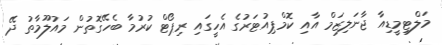
މަލްޓިމީޑިއާ ޖާނަލިޒަމް އާއި ކޮމްޕިއުޓަރުގެ އެހީގައި ރިޕޯޓް ކުރުމާ ބެހޭގޮތުން މައުލޫމާތު ދޭ